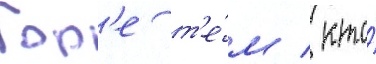
Гор'е т'е́м / кто́